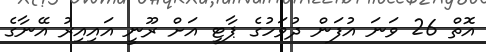
އޮތް 26 ވަނަ އުފަން ދުވަހުގެ ޕާޓީ އަށް ރޫނީ އައިއިރު އޭނާގެ